Sanitation, dispensaries and jails vaccination Rajputana 1922-1927 - 1922-1927
Year: 1922
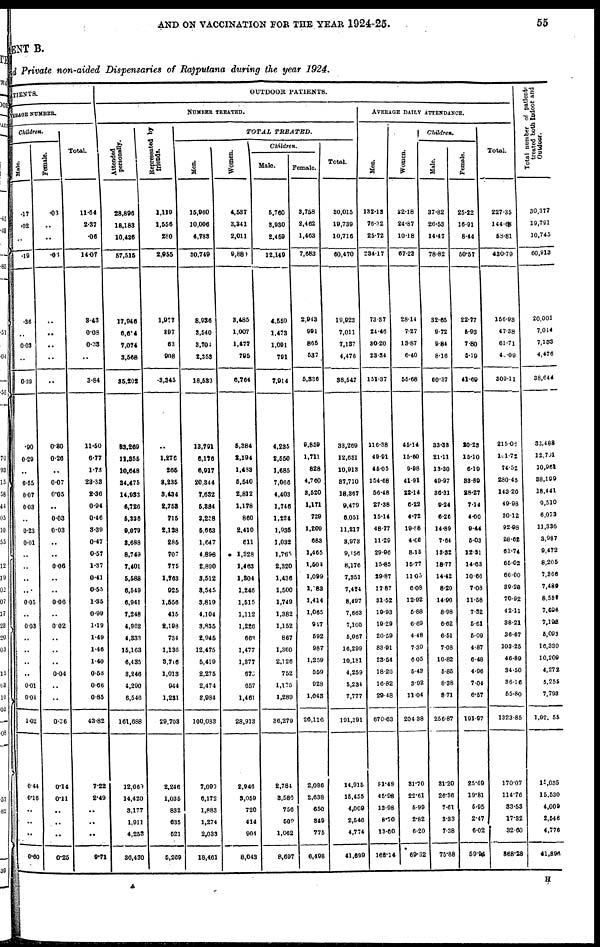
AND ON VACCINATION FOR THE YEAR 1924-25.
55
MENT B.
and Private non-aided Dispensaries of Rajputana during the year 1924.
ATIENTS.
VERAGE NUMBER.
Children.
Male.
.17
.02
..
.19
.36
..
0.03
..
0.39
.90
0.29
..
0.55
0.07
0.03
..
0.23
0.01
..
..
..
..
0.05
..
0.03
..
..
..
..
0.01
0.04
1.02
0.44
0.16
..
..
..
0.60
Female.
.03
..
..
.03
..
..
..
..
..
0.80
0.26
..
0.07
0.05
..
0.03
0.03
..
..
0.06
..
..
0.06
..
0.02
..
..
..
0.04
..
..
0.36
0.14
0.11
..
..
..
0.25
Total.
11.64
2.37
.06
14.07
3.43
0.08
0.33
..
3.84
11.50
6.77
1.73
23.33
2.36
0.04
0.46
3.39
0.47
0.57
1.37
0.41
0.55
1.35
0.99
1.19
1.49
1.46
1.40
0.58
0.66
0.85
43.82
7.22
2.49
..
..
..
9.71
OUTDOOR PATIENTS.
NUMBER TREATED.
Attended
personally.
28,896
18,183
10,436
57,515
17,946
6,614
7,074
3,568
35,202
83,269
11,855
10,648
34,475
14,033
6,726
5,336
9,079
3,688
8,749
7,401
5,588
6,549
6,941
7,248
4,962
4,333
15,163
6,435
3,246
4,290
6,546
161,688
12,669
14,420
3,177
1,911
4,253
36,430
Represented by
friends.
1,119
1,556
280
2,955
1,977
897
63
908
3,345
..
1,276
265
8,235
3,434
2,758
715
2,138
285
707
775
1,763
925
1,556
415
2,198
734
1,136
3,746
1,013
944
1,231
29,703
2,246
1,035
832
635
521
5,269
TOTAL
TREATED.
Men.
15,960
10,006
4,783
30,749
8,936
3,540
3,704
2,353
18,533
13,791
6,176
6,917
20,344
7,632
5,884
3,288
5,663
1,647
4,898
2,890
3,512
8,545
3,819
4,104
3,835
2,945
12,475
5,419
2,275
2,474
8,084
100,083
7,099
6,172
1,883
1,274
2,033
18,461
Women.
4,537
3,341
2,011
9,889
3,485
1,007
1,477
795
6,764
5,384
2,194
1,488
5,540
2,812
1,178
860
2,410
611
1,328
1,463
1,304
1,246
1,515
1,112
1,226
663
1,477
1,377
675
657
1,461
28,913
2,046
3,059
720
414
904
8,043
Children.
Male.
5,760
3,930
2,459
12,140
4,559
1,473
1,091
791
7,914
4,235
2,550
1,685
7,066
4,403
1,746
1,224
1,935
1,032
1,763
2,320
1,436
1,500
1,749
1,382
1,152
867
1,360
2,126
752
1,175
1,289
36,279
2,784
3,586
756
509
1,062
8,697
Female.
3,758
2,462
1,463
7,683
2,943
991
865
687
5,336
9,859
1,711
828
4,760
3,520
1,171
729
1,209
683
1,465
1,503
1,099
1,183
1,414
1,065
947
592
987
1,259
559
928
1,043
26,116
2,086
2,638
650
349
775
6,498
Total.
30,015
19,789
10,716
60,470
19,923
7,011
7,137
4,476
38,547
38,269
12,631
10,913
87,710
18,367
9,479
6,051
11,217
3,973
9,156
8,176
7,851
7,474
8,497
7,663
7,160
5,067
16,299
10,181
4,259
5,234
7,777
191,391
14,915
15,455
4,009
2,546
4,774
41,699
AVERAGE DAILY ATTENDANCE.
Men.
132.13
76.32
25.72
234.17
73.37
24.46
80.20
23.34
151.37
116.38
49.91
46.05
154.68
56.48
27.38
15.14
48.77
11.29
29.96
15.85
29.87
17.87
31.52
19.98
19.29
20.59
83.91
23.54
18.26
16.82
20.48
670.63
81.48
45.08
13.98
8.70
13.00
168.14
Women.
32.18
24.87
10.18
67.23
28.14
7.27
13.87
6.40
55.68
45.14
15.60
9.08
41.91
22.14
6.22
4.72
10.88
4.66
8.15
16.77
11.05
6.08
12.92
5.88
6.69
4.48
7.39
6.05
5.43
3.92
11.04
204.38
31.70
22.61
5.99
2.82
6.20
60.32
Children.
Male.
37.82
26.58
14.47
78.82
32.65
9.72
9.84
8.16
60.37
83.38
21.11
13.30
49.97
36.31
9.24
6.26
14.89
7.64
13.32
18.77
14.42
8.20
14.90
8.98
6.62
6.51
7.08
10.82
5.85
8.38
8.71
256.87
31.20
26.36
7.61
3.33
7.38
75.88
Female.
25.22
16.91
8.44
50.57
22.77
5.93
7.80
5.19
41.69
20.28
15.10
5.19
83.89
28.27
7.14
4.00
9.44
5.03
12.31
14.63
10.66
7.08
11.58
7.32
5.61
5.09
4.87
6.48
4.96
7.04
6.57
191.97
25.69
19.81
5.95
2.47
6.02
59.94
Total.
227.35
144.68
58.81
430.79
156.93
47.38
61.71
40.09
309.11
215.08
101.72
74.52
280.45
143.20
49.98
30.12
92.98
28.62
63.74
65.02
66.00
89.28
70.92
42.11
38.21
36.67
103.25
46.89
34.50
36.16
55.80
1323.85
170.07
114.76
33.53
17.32
32.60
368.28
Total number of paticuts
treated both Indoor and
Outdoor.
30,377
19,791
10,745
60,913
20,001
7,014
7,153
4,476
38,644
33,488
12,791
10,961
38,199
18,441
9,510
6,073
11,336
3,987
9,472
8,205
7,366
7,489
8,581
7,696
7,192
5,093
16,330
10,209
4,272
5,255
7,793
1,92,055
15,035
15,530
4,009
2,646
4,776
41,896
H